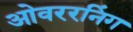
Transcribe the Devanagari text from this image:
ओवररनिंग